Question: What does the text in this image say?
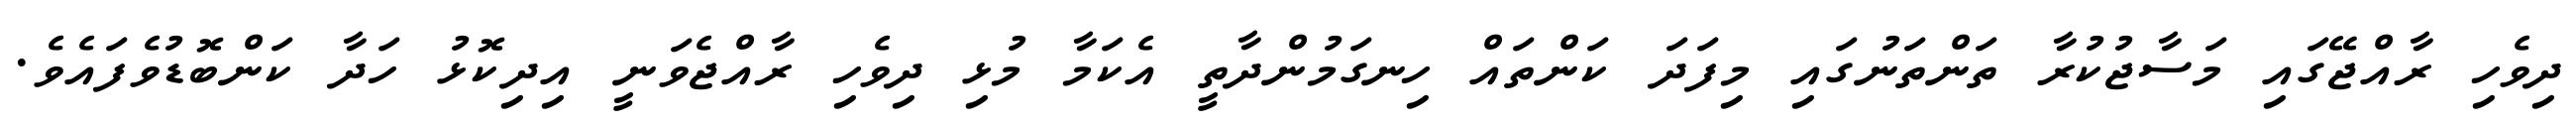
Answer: ދިވެހި ރާއްޖޭގައި މަސާޖުކުރާ ތަންތަނުގައި މިފަދަ ކަންތައް ހިނގަމުންދާތީ އެކަމާ މުޅި ދިވެހި ރާއްޖެވަނީ އިދިކޮޅު ހަދާ ކަންބޮޑުވެފައެވެ.